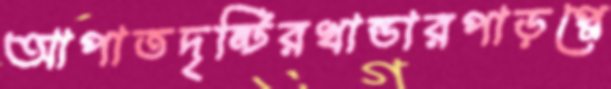
আপাতদৃষ্টিরখান্ডারপাড়প্লে